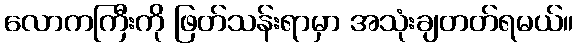
လောကကြီးကို ဖြတ်သန်းရာမှာ အသုံးချတတ်ရမယ်။